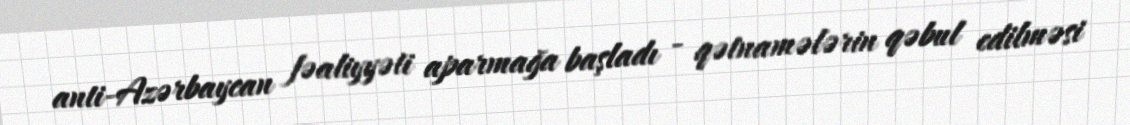
anti-Azərbaycan fəaliyyəti aparmağa başladı - qətnamələrin qəbul edilməsi